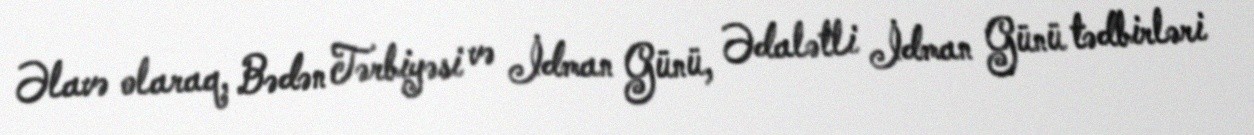
Əlavə olaraq, Bədən Tərbiyəsi və İdman Günü, Ədalətli İdman Günü tədbirləri